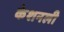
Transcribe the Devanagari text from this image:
केशनली